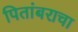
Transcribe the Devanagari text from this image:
पितांबराचा